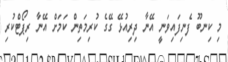
މި ކިނބޫ ފެނިފައިވަނީ އޭނާ ދިރިއުޅޭ ގޭގެ ކުރިމަތިން ކަމަށް އޭނާ ރިޕޯޓްކުރި